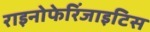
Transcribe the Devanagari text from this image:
राइनोफेरिंजाइटिस